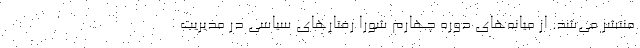
منتشر می‌شد. از میانه‌های دوره چهارم شورا رفتارهای سیاسی در مدیریت